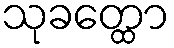
သုခတ္ထော